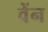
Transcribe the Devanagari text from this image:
वेंन